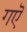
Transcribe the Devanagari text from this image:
गऎ